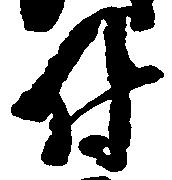
付